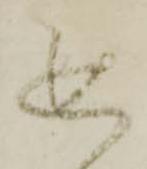
追